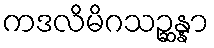
ကဒလိမိဂသဉ္ဆန္နာ